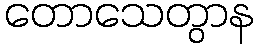
တောသေတွာန